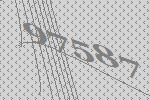
97587